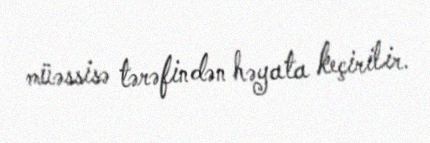
müəssisə tərəfindən həyata keçirilir.